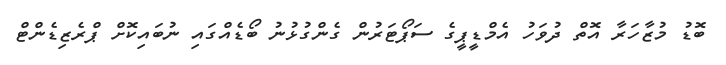
ބޮޑު މުޒާހަރާ އޮތް ދުވަހު އެމްޑީޕީގެ ސަޕޯޓަރުން ގެންގުޅުނު ބޯޑެއްގައި ނުބައިކޮށް ޕްރެޒިޑެންޓް